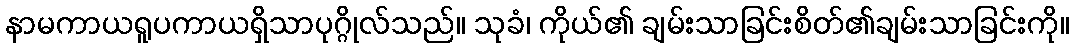
နာမကာယရူပကာယရှိသာပုဂ္ဂိုလ်သည်။ သုခံ၊ ကိုယ်၏ ချမ်းသာခြင်းစိတ်၏ချမ်းသာခြင်းကို။